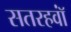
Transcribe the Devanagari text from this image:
सतरहवॉं